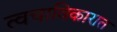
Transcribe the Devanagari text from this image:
त्वचाविकारात